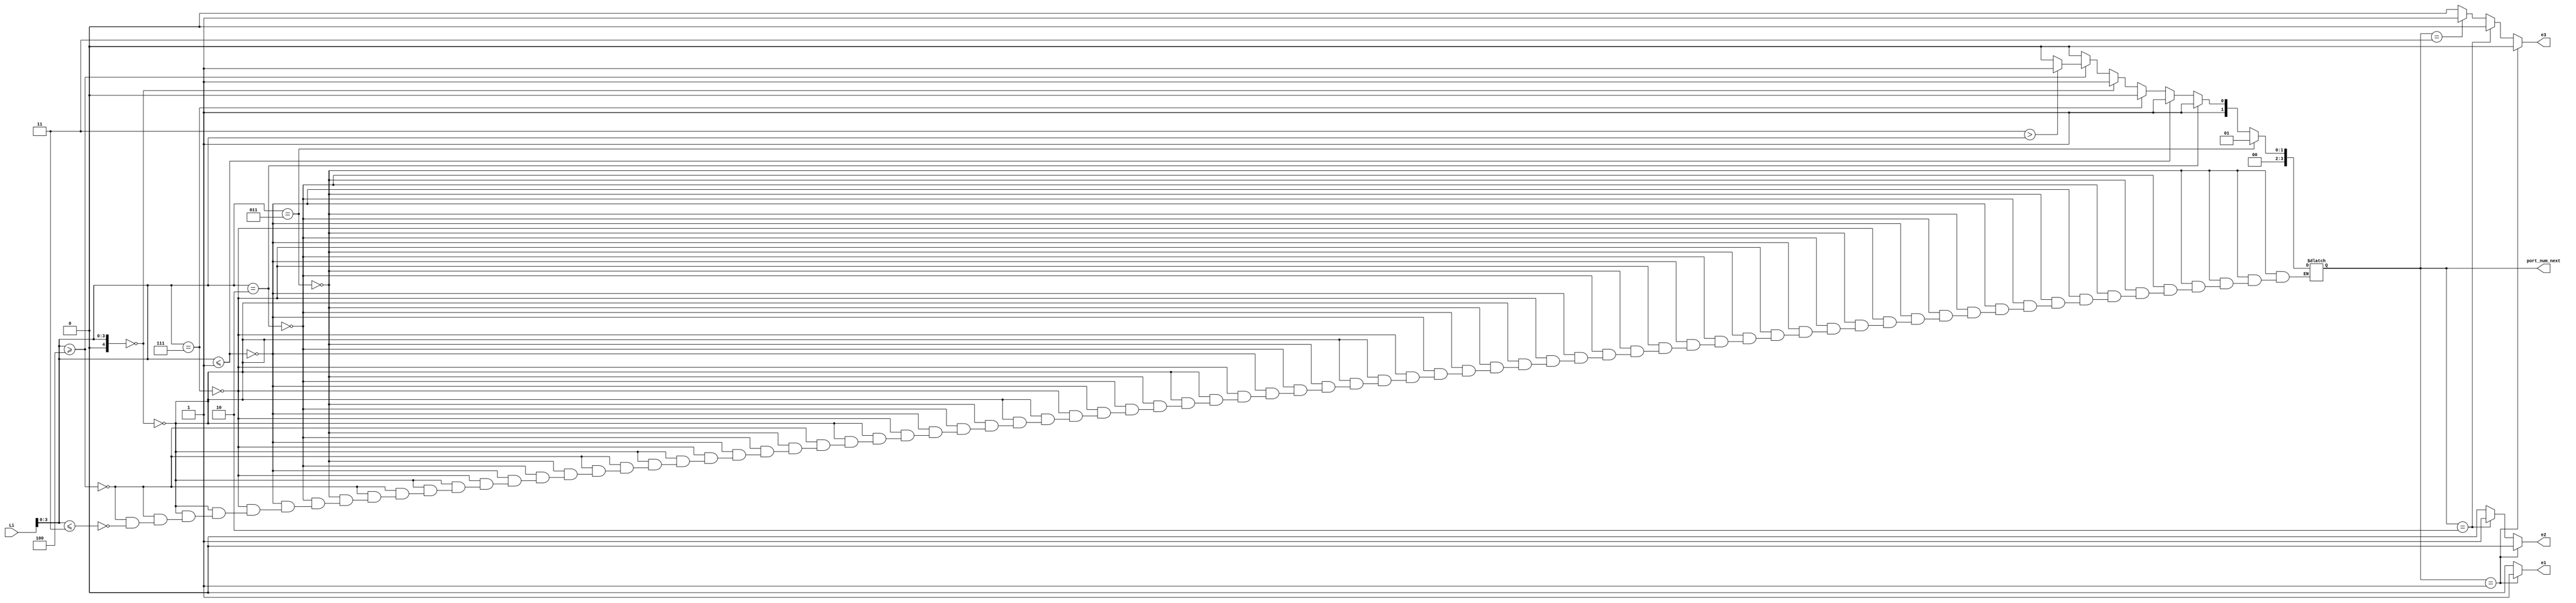
`timescale 1ns / 1ps
//////////////////////////////////////////////////////////////////////////////////
// Company:
// Engineer:
//
// Design Name:
// Module Name:    compute0
// Project Name:
// Target Devices:
// Tool versions:
// Description:
//
// Dependencies:
//
// Revision:
// Revision 0.01 - File Created
// Additional Comments:
//
//////////////////////////////////////////////////////////////////////////////////
module compute0( Li,port_num_next, e1,e2,e3
        ); //,);

input wire[7:0] Li;
//output [3:0] Lo, Eo, Wo, No, So;
output [3:0] port_num_next;
wire [3:0]  Lo, Eo, Wo;
output reg e1,e2,e3;
wire [0:3] n;

assign n=4'd8;
assign Lo    =        3'd1; 
assign Eo  =          3'd2;
   //assign No    =        3'd3; 
    assign Wo    =        3'd3; 
  //assign So   =         3'd5; 
   //assign HDR_FLIT =  2'b10;
 //  assign BODY_FLIT = 2'b00;
  // assign  TAIL_FLIT = 2'b01;
     
    localparam X_NODE_NUM                    =    4;
   //localparam Y_NODE_NUM                    =    4;
   localparam X_NODE_NUM_WIDTH            =    4;
   //localparam Y_NODE_NUM_WIDTH            =    2;
    localparam X_S_Adress                  = 4'b11;
     //localparam Y_S_Adress                  = 3'b00;
   
    // input  
    wire  [X_NODE_NUM_WIDTH-1        :0]    dest_x_node_in;
//    input 
    //wire   [Y_NODE_NUM_WIDTH-1        :0]    dest_y_node_in;
    //output    [3:0]    port_num_out;
    reg [3:0]    port_num_next;
   
      wire signed [X_NODE_NUM_WIDTH        :0] xc;//current
    wire signed [X_NODE_NUM_WIDTH        :0] xd;//destination
    //wire signed [Y_NODE_NUM_WIDTH        :0] yc;//current
    //wire signed [Y_NODE_NUM_WIDTH        :0] yd;//destination
    wire signed [X_NODE_NUM_WIDTH        :0] xdiff;
   // wire signed [Y_NODE_NUM_WIDTH        :0] ydiff;
   
      //assign dest_y_node_in=Li[1:0];
     assign dest_x_node_in=Li[3:0];
   
     
    assign     xc     =X_S_Adress [X_NODE_NUM_WIDTH-1        :0];
    //assign     yc     =Y_S_Adress[Y_NODE_NUM_WIDTH-1        :0];
    assign    xd        =dest_x_node_in;
    //assign    yd     = dest_y_node_in;
    assign     xdiff    = xd-xc;
    //assign    ydiff    = yd-yc;
   
     
   
    always@(*)begin
    /* // port_num_next    = Lo;
           if                (xdiff    >  1)        port_num_next    = Eo;
         else if        (xdiff    < -1)        port_num_next    = Wo;
            else if        (xdiff    ==    1 || xdiff    ==    -1     )
            begin
                if            (ydiff    >= 1)        port_num_next    = So;
                else if     (ydiff    ==    0)        port_num_next    = Lo;
                else                                 port_num_next    = No;
           end  // xdiff    ==    1 || xdiff    ==    -1    
            else begin //xdiff ==0
              if            (ydiff    >    1)        port_num_next    = So;
                else if    (ydiff    ==    1)        port_num_next    = Lo;
            //   else if    (ydiff    ==-1)        port_num_next    = L;
                else if    (ydiff    <= -1)        port_num_next    = No;
               else                                 port_num_next    = Lo; //xdiff ==0
          end //else
   end */
     
    /* port_num_next    = Lo;
    // port_num_next    = LOCAL;
            if                (xdiff    > 0)        port_num_next    = Eo;
            else if        (xdiff    < 0)        port_num_next    = Wo;
            else begin
                if            (ydiff    > 0)        port_num_next    = So;
                else if     (ydiff    < 0)        port_num_next    = No;
            end
        $display("Data from R0 local Port to  output port %d",   port_num_next);
    end */
     
              
             
     
    // if ((xc != 0 && xd != ((n-1)/2)+ 1) || ((xc != ((n-1)/2)+1) && xd != 0) || ((xc != ((n-1)/2)-1) && xd!=((n-1)-1)) || (xc != ((n-1)-1) && xd != (((n-1)/2)-1)))
     //begin
     //if (xdiff>=1)     
        /*                    begin
                            port_num_next    = Eo;
                                  $display("xd", xd);
                                  $display("Router R1 east port", port_num_next);
                                  $display("value of n is", n);
                                  end
                           
         else if(xdiff<=-1)     
                               begin
                                      port_num_next    = Wo;
                                           $display("xd", xd);
                                          $display("Router R1 west port", port_num_next);
                                          $display("value of n is", n);
                               end*/
       //  else  if(xdiff==0)
                                 //begin
                              //   if  (ydiff>=1)   
                                            // begin   
                                              //port_num_next    = So;
                                              //$display("Router R0 south port", port_num_next);
                                              //end
                                    //else if (ydiff<=-1)    
                                     // begin 
                                              //port_num_next    = No;
                                              //  $display("Router R0 north port", port_num_next);
                                             //end
            /*else if (xdiff==0)
            begin
                                      port_num_next    = Lo;
                                           $display("xd", xd);
                                          $display("Router R1 local port", port_num_next);
                                          $display("value of n is", n);
                               end*/
                                         
                                        // else
                               //begin             
                          //port_num_next    = Lo;
                          //$display("Router R1 local port", port_num_next);
                          //end
                             
                             
       
       //   end
         
 if(xd == xc )
      begin
        port_num_next = Lo;
             $display("xd", xd);
             $display("Router R1 Local", port_num_next);
      end           
             
   
//    else if (xc <=(((n-1)/2)/2)  && xd == (((n-1)/2)+1))
//        begin
//            port_num_next    = Wo;
//             $display("xd", xd);
//            $display("Router R1 West port loopback", port_num_next);
//            $display("value of n is", n);
//        end
//     else if (xc == (((n-1)/2)+1) && xd <=(((n-1)/2)/2))
//       begin
//            port_num_next    = Wo;
//             $display("xd", xd);
//             $display("Router R1 West  port loopback", port_num_next);
//             $display("value of n is", n);
//        end
//    else if (xc == (((n-1)/2)-1) && xd == ((n-1)-1))
//       begin
//            port_num_next    = Eo;
//             $display("xd", xd);
//             $display("Router R1 East port loopback", port_num_next);
//             $display("value of n is", n);
//        end
//    else if (xc == ((n-1)-1) && xd == (((n-1)/2)-1))
//       begin
//            port_num_next    = Eo;
//             $display("xd", xd);
//             $display("Router R1 East port loopback", port_num_next);
//             $display("value of n is", n);
//        end
else if (xd>=(((n-1)/2)+1) && xc ==0)
  begin
  port_num_next = Wo;
             $display("xd", xd);
             $display("Router R1 West port 1 ", port_num_next);
             
        end
else if (xd<=((n-1)/2) && xc ==0)
  begin
  port_num_next = Eo;
             $display("xd", xd);
             $display("Router R1 East port 333 ", port_num_next);
             
        end

else if(xd==(((n-1)/2)-1) && xc==((n-1)/2))
   begin
      
         port_num_next = Wo;
             $display("xd", xd);
             $display("Router R1 West port 223211", port_num_next);
             
       
       
    end   
//    else if(xd<= ((((n-1)/2))/2) && xc <= (((n-1)/2)))
//   begin
//         port_num_next = Wo;
//             $display("xd", xd);
//             $display("Router R1 West port 3", port_num_next);
//             
//        end
       
        else if(xd<=(((n-1)/2)/2) && xc==((n-1)/2))
   begin
         port_num_next = Wo;
             $display("xd", xd);
             $display("Router R1 West port 4", port_num_next);
             
        end

// prabhu else if(xd>= ((((n-1)/2))/2) && xc <= (((n-1)/2)))
//   begin
//         port_num_next = Eo;
//             $display("xd", xd);
//             $display("Router R1 East port 1", port_num_next);
//             
//        end
       

       
else if(xd==((n-1)-1) && xc==(n-1))
   begin
         port_num_next = Wo;
             $display("xd", xd);
             $display("Router R1 West port 5", port_num_next);
             
        end
       
else if(xd==(n-1) && xc<=((n-1)/2))
   begin
         port_num_next = Eo;
             $display("xd", xd);
             $display("Router R1 East port 55", port_num_next);
             
        end
       

   
else if(xd>= (((n-1)/2)+1)   && xc <=(((((n-1)/2)+1))/2))
   begin
     if (xd > xc)
            begin
                port_num_next = Eo;
            $display("xd", xd);
             $display("Router R1 East port 223321", port_num_next);
             end
  else
  begin 
         port_num_next = Wo;
             $display("xd", xd);
             $display("Router R1 West port 2", port_num_next);
             
        end
    end
//else if(xd>= (((((n-1)/2)+1))/2)   && xc <=(n-1))
//   begin
//         port_num_next = Wo;
//             $display("xd", xd);
//             $display("Router R1 West port 6", port_num_next);
//             
//        end

else if(xd>= (((((n-1)/2)+1))/2)   && xc <= (((((n-1)/2)+1))/2))
   begin
         port_num_next = Eo;
             $display("xd", xd);
             $display("Router R1 East port 3", port_num_next);
             
        end       
       
else if(xd==0 && xc <= ((n-1)/2))
 begin
     port_num_next = Wo;
     $display("xd", xd);
     $display("Router R1 West port 00", port_num_next)      ;
 end
 
else if(xd==0 && xc <= (((n-1)/2)+1))
 begin
     port_num_next = Eo;
     $display("xd", xd);
     $display("Router R1 East port 444", port_num_next)      ;
 end
 
else if(xd<=((n-1)/2) && xc == (((n-1)/2)+1))
 begin
     port_num_next = Wo;
     $display("xd", xd);
     $display("Router R1 West port 8889", port_num_next)      ;
 end
 
 
//else if(xd>= (((n-1)/2)+1)   && xc <=(n-1))
//   begin
//         port_num_next = Wo;
//             $display("xd", xd);
//             $display("Router R1 West port ", port_num_next);
//             
//        end   
//       
//else if(xd>= 0   && xc <=((n-1)/2))
// begin
//         port_num_next = Eo;
//    $display("xd", xd);
//             $display("Router East port 44", port_num_next);
//
//    end   

   
   

    else if(xd >= (((n-1)/2)+1) && xc <= ((((n-1)/2))/2))
      begin
        port_num_next = Wo;
             $display("xd", xd);
             $display("Router R1 West port 7", port_num_next);
             
        end         

    else if(xd >= (((n-1)/2)+1) && xc >= ((((n-1)/2))/2))
      begin
        if (xc > xd)
           begin
              port_num_next = Wo;
              $display("xd", xd);
             $display("Router R1 West port 58558", port_num_next);
             end
         else
         begin       
        port_num_next = Eo;
             $display("xd", xd);
             $display("Router R1 East port 5", port_num_next);
             
        end         
    end
 
else if(xd >= (((n-1)/2)+1) && xc >= ((((n-1)/2))/2))
      begin
        port_num_next = Eo;
             $display("xd", xd);
             $display("Router R1 East port 6", port_num_next);
             
        end         

   
    else if(xd <= (((n-1)/2)) && xc!=0 &&  xc <= ((((n-1)/2)+1))/2)
      begin
        port_num_next = Wo;
             $display("xd", xd);
             $display("Router R1 Wo port 8", port_num_next);
             
        end   
  else if(xd <= (((n-1)/2)) && xc!=(((n-1)/2)+1)&& xc >= ((((n-1)/2)+1))/2)
    begin
        if(xd <= (((n-1)/2)/2))
           begin
        port_num_next = Wo;
             $display("xd", xd);
             $display("Router R1 West port 34227", port_num_next);
             end
     else       
      begin     
        port_num_next = Eo;
             $display("xd", xd);
             $display("Router R1 East port 7", port_num_next);
        end     
       
        end   
 

        end     
       
       
       
    //    end
       
       

            //end
     
     //assign    port_num_out= port_num_next;
     always@(*)
     begin
     if(port_num_next== Lo)  begin
     e1=1;
     e2=0;
     e3=0;
     $display("value of e1 %d", e1);
     end
    else if (port_num_next== Eo)
    begin
     e1=0;
     e2=1;
     e3=0;
      $display("value of e2 %d", e2);
     end
    else if (port_num_next==Wo)
    begin
     e1=0;
     e2=0;
     e3=1;
     $display("value of e3 %d", e3);
     end
//    else if(port_num_next==So) begin e1=0;
//     e2=0;
//     e3=0;
//     e4=1;
//     e5=0;
//      $display("value of e4 %d", e4);
//     end
// else    if(port_num_next==No)   begin e1=0;
//     e2=0;
//     e3=0;
//     e4=0;
//     e5=1;
//      $display("value of e3 %d", e3);
// end
 else begin
    e1=0;
     e2=0;
     e3=0;
     end
 end


endmodule